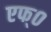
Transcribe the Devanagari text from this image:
एफ्‌०